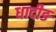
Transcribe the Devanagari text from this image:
धादीङ